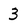
Character: 3